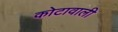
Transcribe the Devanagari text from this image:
कोटावाली